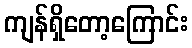
ကျန်ရှိတော့ကြောင်း